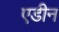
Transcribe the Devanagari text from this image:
एडीन